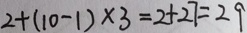
2 + ( 1 0 - 1 ) \times 3 = 2 + 2 7 = 2 9